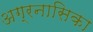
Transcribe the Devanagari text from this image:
अग्रनासिका